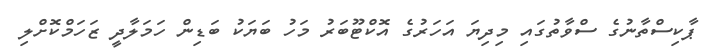
ޕާކިސްތާނުގެ ސްވާތުގައި މިދިޔަ އަހަރުގެ އޮކްޓޫބަރު މަހު ބަޔަކު ބަޑިން ހަމަލާދީ ޒަހަމްކޮށްލި